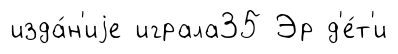
изда́н'иjе играла35 Эр д'е́т'и